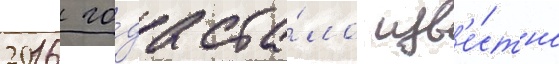
2016 го́да ста́ло изв'е́стно